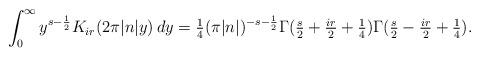
LaTeX: \begin{align*} \int_0^\infty y^{s-\frac 12}K_{ir}(2\pi|n|y) \, dy = \tfrac 14 (\pi|n|)^{-s-\frac 12} \Gamma(\tfrac s2+\tfrac{ir}{2} + \tfrac 14) \Gamma(\tfrac s2-\tfrac{ir}{2} + \tfrac 14).\end{align*}